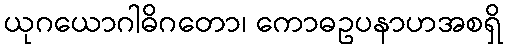
ယုဂယောဂါဓိဂတော၊ ကောဓဥပနာဟအစရှိ